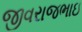
જીવરાજભાઇ